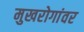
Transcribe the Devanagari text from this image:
मुखरोगांवर